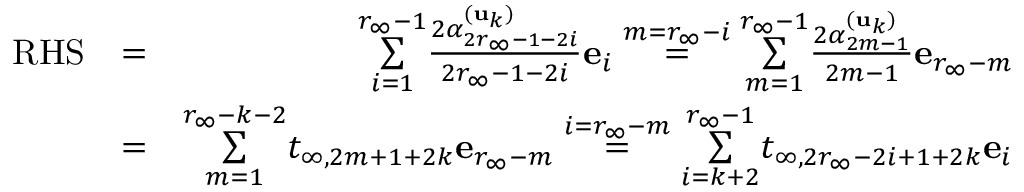
\begin{array} { r l r } { \mathrm { R H S } } & { = } & { \underset { i = 1 } { \overset { r _ { \infty } - 1 } { \sum } } \frac { 2 \alpha _ { 2 r _ { \infty } - 1 - 2 i } ^ { ( \mathbf { u } _ { k } ) } } { 2 r _ { \infty } - 1 - 2 i } \mathbf { e } _ { i } \overset { m = r _ { \infty } - i } { = } \underset { m = 1 } { \overset { r _ { \infty } - 1 } { \sum } } \frac { 2 \alpha _ { 2 m - 1 } ^ { ( \mathbf { u } _ { k } ) } } { 2 m - 1 } \mathbf { e } _ { r _ { \infty } - m } } \\ & { = } & { \underset { m = 1 } { \overset { r _ { \infty } - k - 2 } { \sum } } t _ { \infty , 2 m + 1 + 2 k } \mathbf { e } _ { r _ { \infty } - m } \overset { i = r _ { \infty } - m } { = } \underset { i = k + 2 } { \overset { r _ { \infty } - 1 } { \sum } } t _ { \infty , 2 r _ { \infty } - 2 i + 1 + 2 k } \mathbf { e } _ { i } } \end{array}